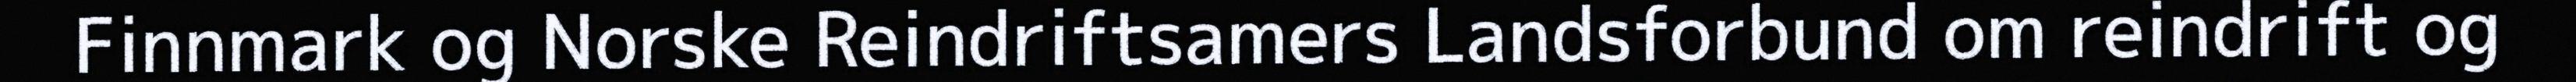
Finnmark og Norske Reindriftsamers Landsforbund om reindrift og